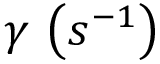
\gamma \, \left( s ^ { - 1 } \right)